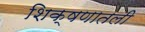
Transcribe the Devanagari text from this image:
शिक्षणातली